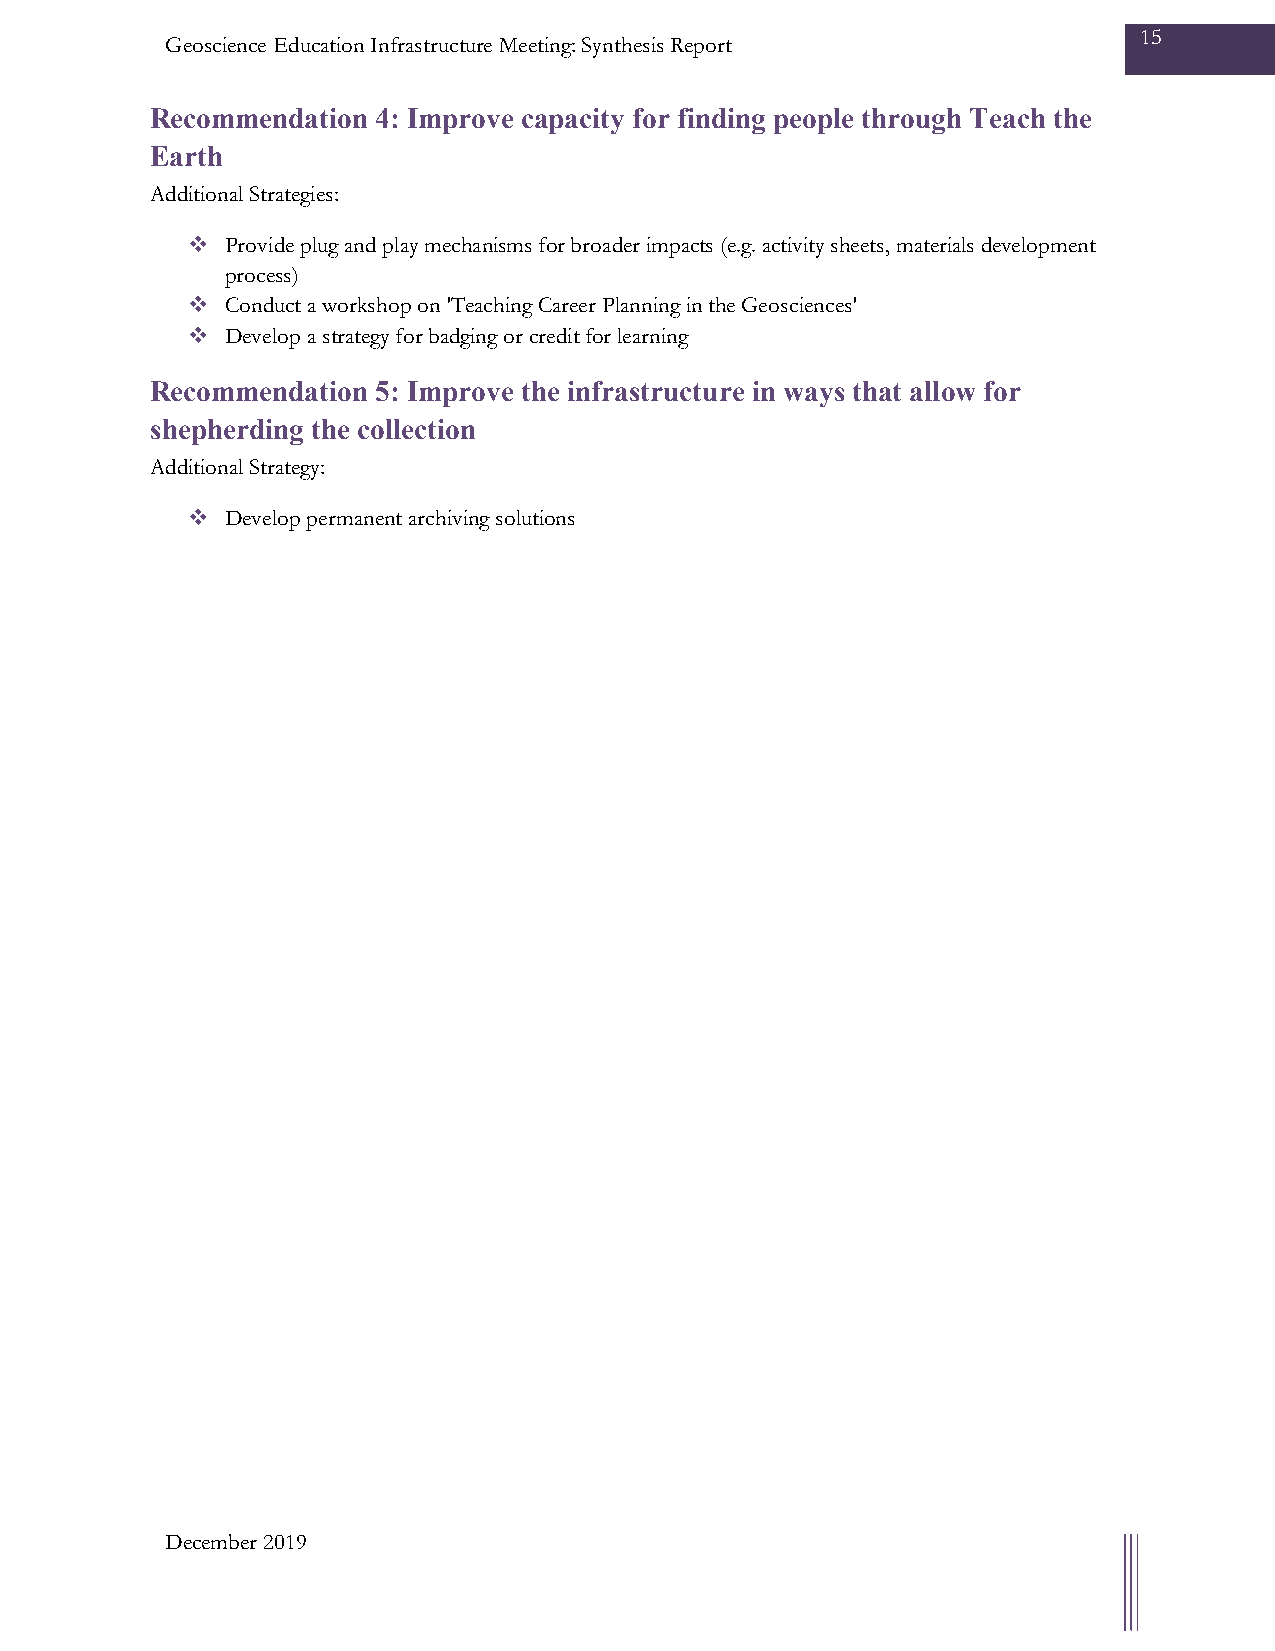
15
 Geoscience Education Infrastructure Meeting: Synthesis Report
 Recommendation 4: Improve capacity for finding people through Teach the
 Earth
 Additional Strategies:
   Provide plug and play mechanisms for broader impacts (e.g. activity sheets, materials development
 process)
   Conduct a workshop on 'Teaching Career Planning in the Geosciences'
   Develop a strategy for badging or credit for learning
 Recommendation 5: Improve the infrastructure in ways that allow for
 shepherding the collection
 Additional Strategy:
   Develop permanent archiving solutions
 December 2019